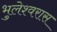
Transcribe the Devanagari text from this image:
भुलेश्वरास